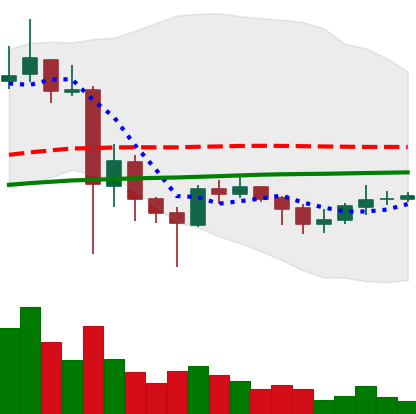
Ticker: XLM-USD
Chart end date: 2021-06-03
Forward return: -17.58%
Label: down_7plus